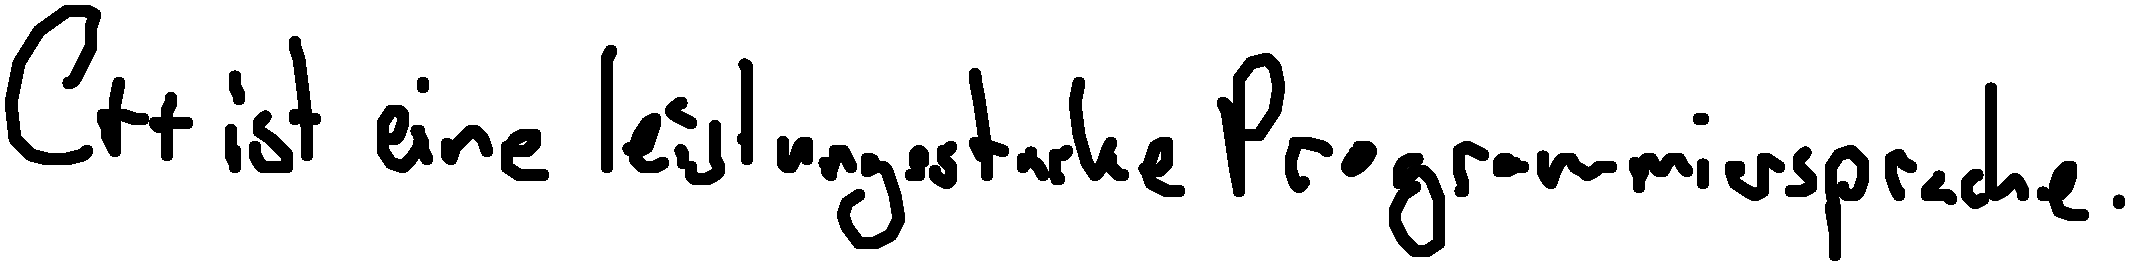
C++ ist eine leistungsstarke Programmiersprache.